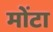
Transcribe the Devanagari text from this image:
मोंटा